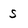
Character: S